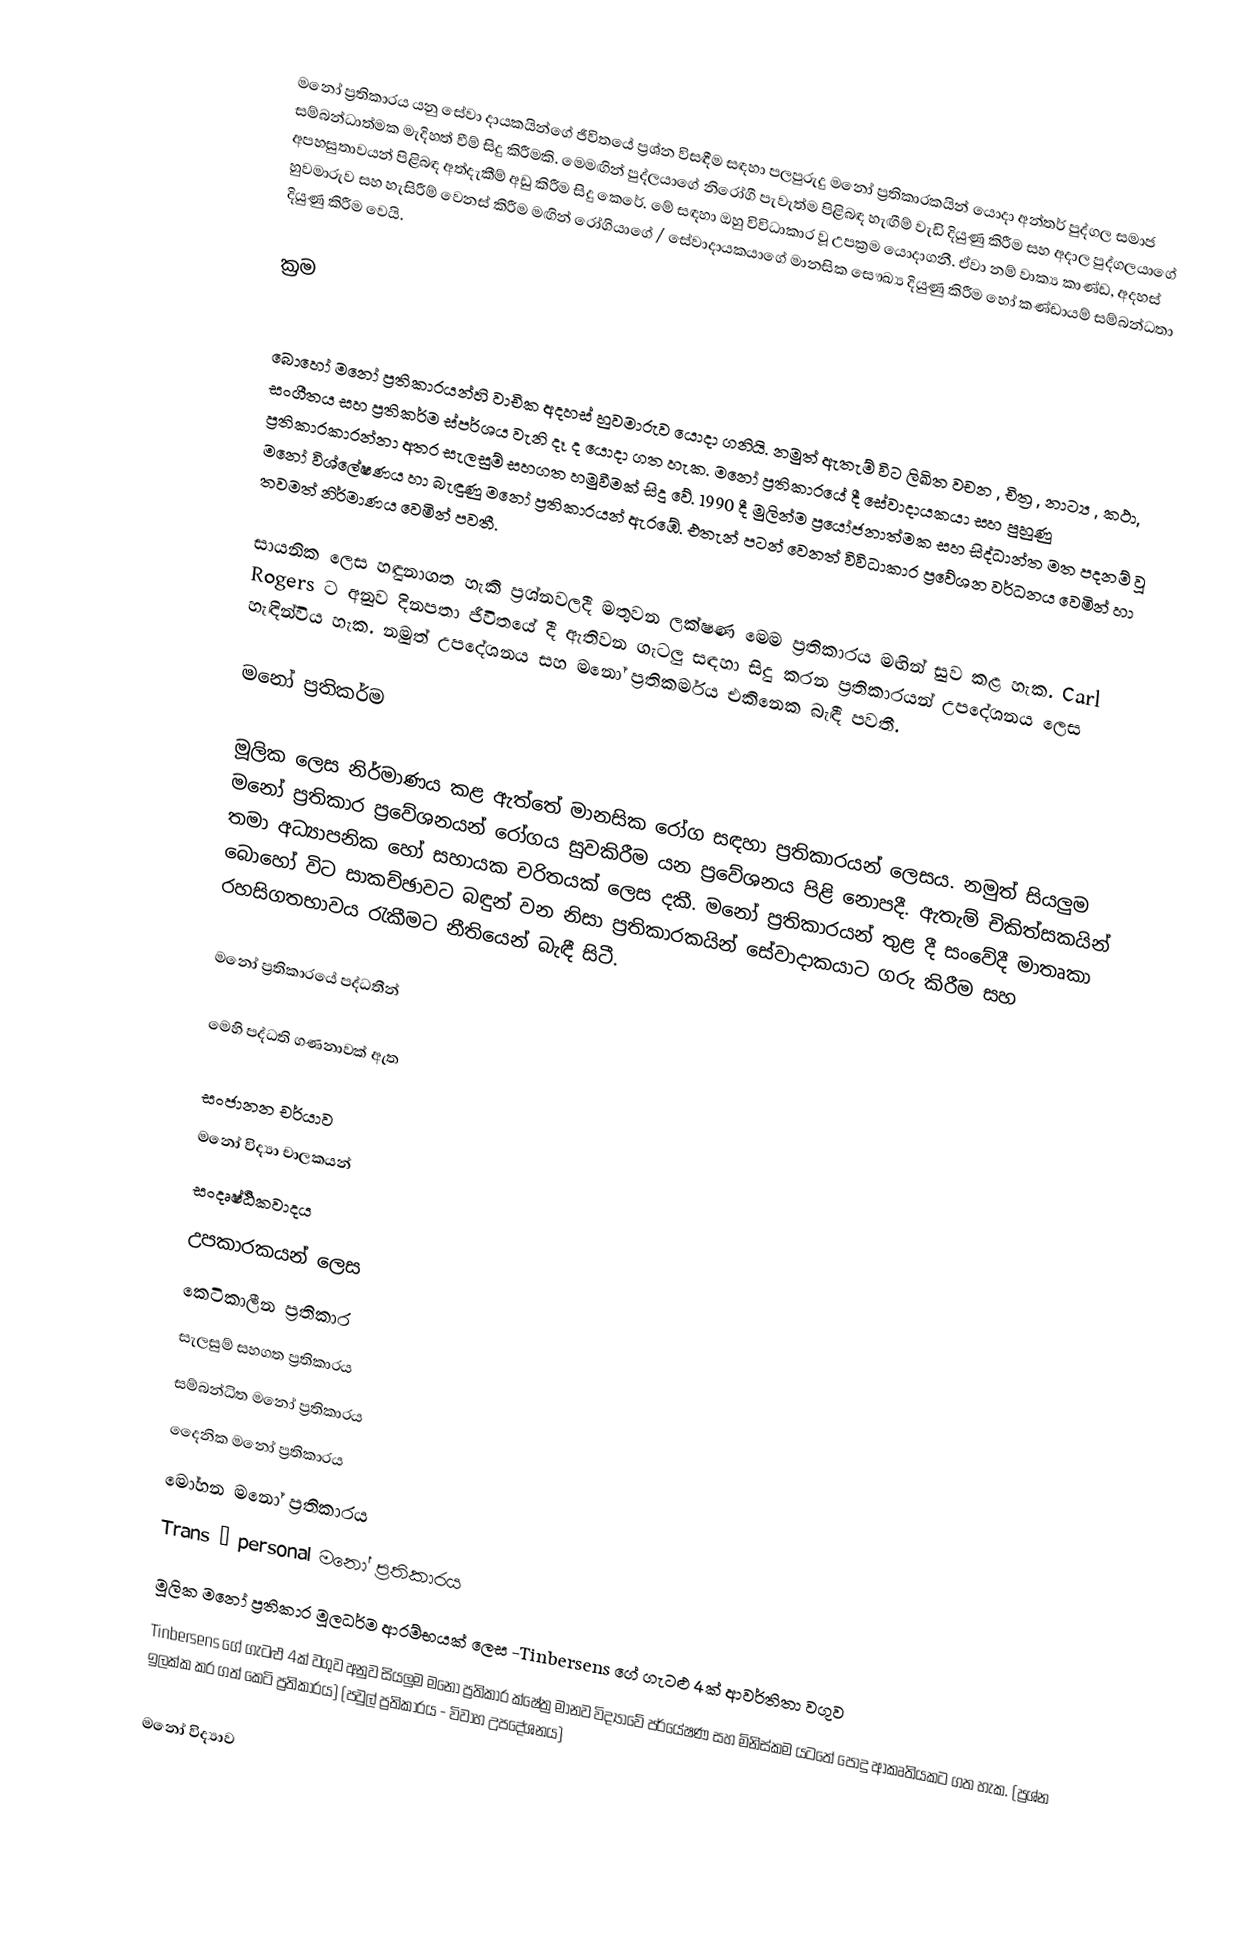
මනෝ ප්‍රතිකාරය යනු සේවා දායකයින්ගේ ජීවිතයේ ප්‍රශ්න විසඳීම සඳහා පලපුරුදු මනෝ ප්‍රතිකාරකයින් යොදා අන්තර් පුද්ගල සමාජ සම්බන්ධාත්මක මැදිහත් වීම් සිදු කිරීමකි. මෙමඟින් පුද්ලයාගේ නිරෝගී පැවැත්ම පිළිබඳ හැඟීම් වැඩි දියුණු කිරීම සහ අදාල පුද්ගලයාගේ අපහසුතාවයන් පිළිබඳ අත්දැකීම් අඩු කිරීම සිදු කෙරේ. මේ සඳහා ඔහු විවිධාකාර වූ උපක්‍රම යොදාගනී. ඒවා නම් වාක්‍ය කාණ්ඩ, අදහස් හුවමාරුව සහ හැසිරීම් වෙනස් කිරීම මඟින් රෝගියාගේ / සේවාදායකයාගේ මානසික සෞඛ්‍ය දියුණු කිරීම හෝ කණ්ඩායම් සම්බන්ධතා දියුණු කිරීම වෙයි.

ක්‍රම

බොහෝ මනෝ ප්‍රතිකාරයන්හි වාචික අදහස් හුවමාරුව යොදා ගනියි. නමුත් ඇතැම් විට ලිඛිත වචන , චිත්‍ර , නාට්‍ය , කථා, සංගීතය සහ ප්‍රතිකර්ම ස්පර්ශය වැනි දෑ ද යොදා ගත හැක. මනෝ ප්‍රතිකාරයේ දී සේවාදායකයා සහ පුහුණු ප්‍රතිකාරකාරන්නා අතර සැලසුම් සහගත හමුවීමක් සිදු වේ. 1990 දී මුලින්ම ප්‍රයෝජනාත්මක සහ සිද්ධාන්ත මත පදනම් වූ මනෝ විශ්ලේෂණය හා බැඳුණු මනෝ ප්‍රතිකාරයන් ඇරඹේ. එතැන් පටන් වෙනත් විවිධාකාර ප්‍රවේශන වර්ධනය වෙමින් හා තවමත් නිර්මාණය වෙමින් පවතී.

සායනික ලෙස හඳුනාගත හැකි ප්‍රශ්නවලදී මතුවන ලක්ෂණ මෙම ප්‍රතිකාරය මඟින් සුව කළ හැක. Carl Rogers ට අනුව දිනපතා ජීවිතයේ දී ඇතිවන ගැටලු සඳහා සිදු කරන ප්‍රතිකාරයන් උපදේශනය ලෙස හැඳින්විය හැක. නමුත් උපදේශනය සහ මනෝ ප්‍රතිකර්මය එකිනෙක බැඳී පවතී.

මනෝ ප්‍රතිකර්ම

මූලික ලෙස නිර්මාණය කළ ඇත්තේ මානසික රෝග සඳහා ප්‍රතිකාරයන් ලෙසය. නමුත් සියලුම මනෝ ප්‍රතිකාර ප්‍රවේශනයන් රෝගය සුවකිරීම යන ප්‍රවේශනය පිළි නොපදී. ඇතැම් චිකිත්සකයින් තමා අධ්‍යාපනික හෝ සහායක චරිතයක් ලෙස දකී. මනෝ ප්‍රතිකාරයන් තුළ දී සංවේදී මාතෘකා බොහෝ විට සාකච්ඡාවට බඳුන් වන නිසා ප්‍රතිකාරකයින් සේවාදාකයාට ගරු කිරීම සහ රහසිගතභාවය රැකීමට නීතියෙන් බැඳී සිටී.

මනෝ ප්‍රතිකාරයේ පද්ධතීන්

මෙහි පද්ධති ගණනාවක් ඇත

 සංජානන චර්යාව
 මනෝ විද්‍යා චාලකයන්
 සංදෘෂ්ඨිකවාදය
 උපකාරකයන් ලෙස
 කෙටිකාලීන ප්‍රතිකාර
 සැලසුම් සහගත ප්‍රතිකාරය
 සම්බන්ධිත මනෝ ප්‍රතිකාරය
 දෛනික මනෝ ප්‍රතිකාරය
 මෝහන මනෝ ප්‍රතිකාරය
 Trans – personal මනෝ ප්‍රතිකාරය
 මූලික මනෝ ප්‍රතිකාර මූලධර්ම ආරම්භයක් ලෙස -Tinbersens ගේ ගැටළු 4ක් ආවර්තිතා වගුව
 Tinbersens ගේ ගැටළු 4ක් වගුව අනුව සියලුම මනෝ ප්‍රතිකාර ක්ෂේත්‍ර මානව විද්‍යාවේ පර්යේෂණ සහ මිනිස්කම යටතේ පොදු ආකෘතියකට ගත හැක. (ප්‍රශ්න ඉලක්ක කර ගත් කෙටි ප්‍රතිකාරය) (පවුල් ප්‍රතිකාරය - විවාහ උපදේශනය)

මනෝ විද්‍යාව